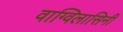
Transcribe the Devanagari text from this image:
वाग्विलासिनी